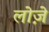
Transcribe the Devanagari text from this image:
लोज़े